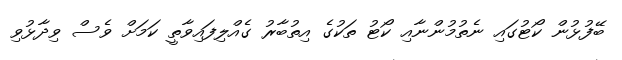
ބޭފުޅުން ކޯޓުގައި ނެތުމުންނާއި ކޯޓު ތަކުގެ އިތުބާރު ގެއްލިފައިވާތީ ކަމަށް ވެސް ވިދާޅުވި